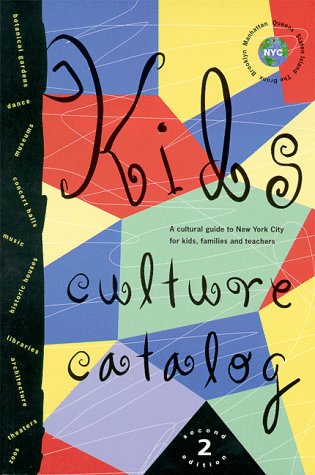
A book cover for Kids Culture Catalog; Alliance For The Arts; Teen & Young Adult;